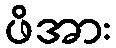
ဖိအား